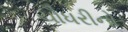
ચૌધરીનો